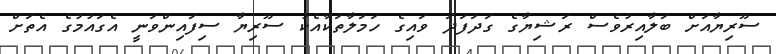
ސޫރިޔާއަށް ބަލާއިރުވެސް ރަޝިޔާގެ ގަދަފަދަ ވައިގެ ހަމަލާތަކާއެކު ސޫރިޔާ ސިފައިންވަނީ އެގައުމުގެ އެތަށް